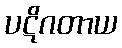
ပဋိဂတာယ